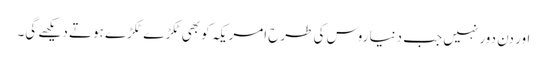
اور دن دور نہیں جب دنیا روس کی طرح امریکہ کو بھی ٹکڑ ے ٹکڑے ہوتے دیکھے گی۔